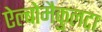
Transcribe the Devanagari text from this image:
ऐल्बोमैकुलटा